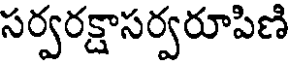
సర్వరక్షాసర్వరూపిణి